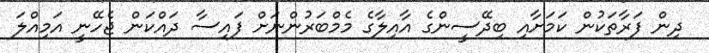
ދިން ފަރާތަކުން ކަމަށާއި ބިދޭސީންގެ އާއިލާގެ މެމްބަރުންނަށް ފައިސާ ދައްކަން ޖެހޭނީ އަމިއްލަ